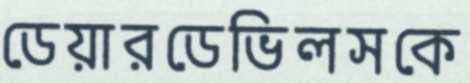
ডেয়ারডেভিলসকে